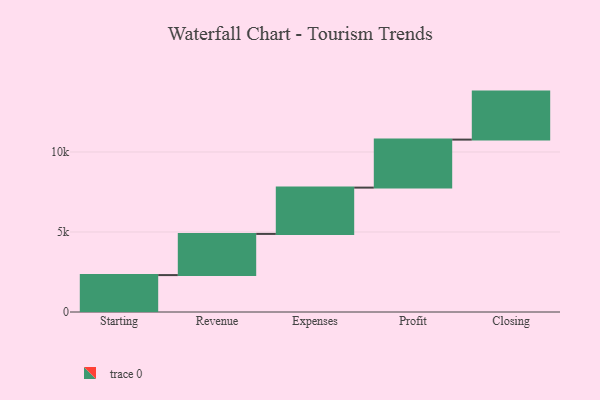
{"axis": {"x": "Step", "y": "Value"}, "legend": [""], "data": [{"x": "Starting", "y": 2307.0, "type": ""}, {"x": "Revenue", "y": 2573.0, "type": ""}, {"x": "Expenses", "y": 2894.0, "type": ""}, {"x": "Profit", "y": 3000, "type": ""}, {"x": "Closing", "y": 3000, "type": ""}]}